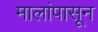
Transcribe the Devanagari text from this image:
मालांपासून